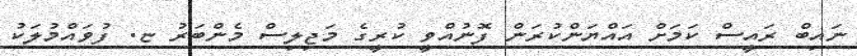
ނައިބް ރައީސް ކަމަށް އައްޔަންކުރަން ފޮނުއްވީ ކުރީގެ މަޖިލިސް މެންބަރު ޏ. ފުވައްމުލަކު